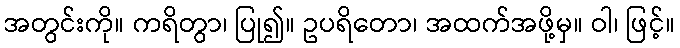
အတွင်းကို။ ကရိတွာ၊ ပြု၍။ ဥပရိတော၊ အထက်အဖို့မှ။ ဝါ၊ ဖြင့်။